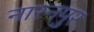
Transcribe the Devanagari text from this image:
नारनपुर